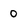
Character: 0